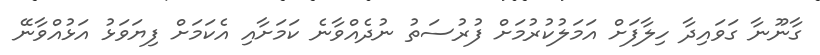
ގާނޫނާ ގަވައިދާ ހިލާފަށް އަމަލުކުރުމަށް ފުރުސަތު ނުދެއްވާނެ ކަމަށާއި އެކަމަށް ފިޔަވަޅު އަޅުއްވާނޭ